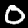
Digit: 0